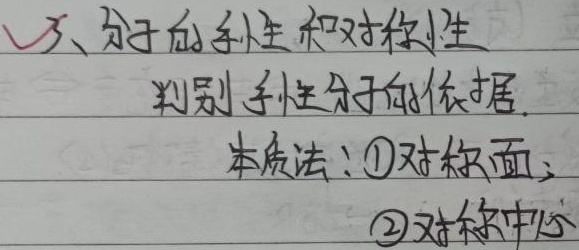
√3、分子的手性和对称性
判别手性分子的依据.本质法：\textcircled{1}对称面；\textcircled{2}对称中心